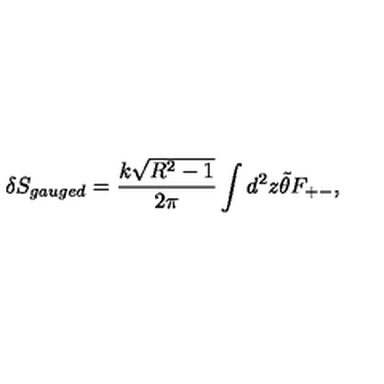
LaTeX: \delta S _ { g a u g e d } = \frac { k \sqrt { R ^ { 2 } - 1 } } { 2 \pi } \int d ^ { 2 } z \tilde { \theta } F _ { + - } ,